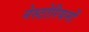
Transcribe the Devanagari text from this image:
नेस्टोरियनों